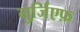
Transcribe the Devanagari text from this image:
गुर्जि़एफ़